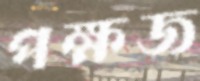
পক্ষজ